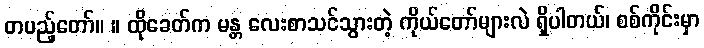
တပည့်တော်။ ။ ထိုခေတ်က မန္တ လေးစာသင်သွားတဲ့ ကိုယ်တော်များလဲ ရှိပါတယ်၊ စစ်ကိုင်းမှာ